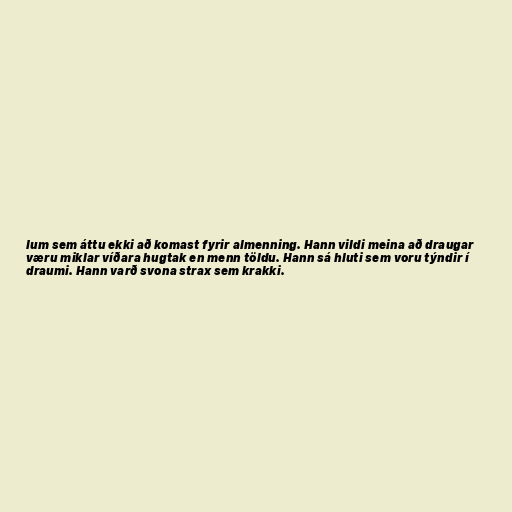
lum sem áttu ekki að komast fyrir almenning. Hann vildi meina að draugar
væru miklar víðara hugtak en menn töldu. Hann sá hluti sem voru týndir í
draumi. Hann varð svona strax sem krakki.